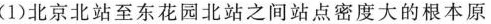
1)北京北站至东花园北站之间站点密度大的根本原